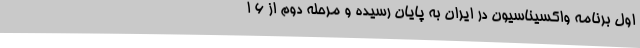
اول برنامه واکسیناسیون در ایران به پایان رسیده و مرحله دوم از ۶ ا